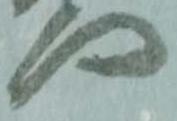
門